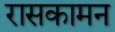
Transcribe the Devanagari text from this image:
रासकामन